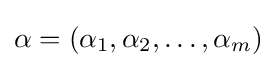
\alpha =(\alpha _{1},\alpha _{2},\dots ,\alpha _{m})